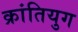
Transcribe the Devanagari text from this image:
क्रांतियुग